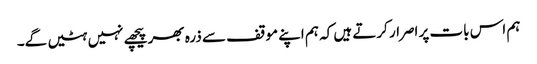
ہم اس بات پر اصرار کرتے ہیں کہ ہم اپنے موقف سے ذرہ بھر پیچھے نہیں ہٹیں گے۔